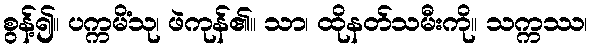
စွန့်၍။ ပက္ကမိံသု၊ ဖဲကုန်၏။ သာ၊ ထိုနတ်သမီးကို။ သက္ကဿ၊